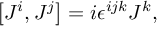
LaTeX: \left[ J ^ { i } , J ^ { j } \right] = i \epsilon ^ { i j k } J ^ { k } ,